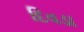
દિવડા